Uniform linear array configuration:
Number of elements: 32
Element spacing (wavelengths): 0.25
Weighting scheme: uniform
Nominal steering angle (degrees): -45
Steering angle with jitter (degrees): -45.208
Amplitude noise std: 0.05
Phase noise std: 0.05

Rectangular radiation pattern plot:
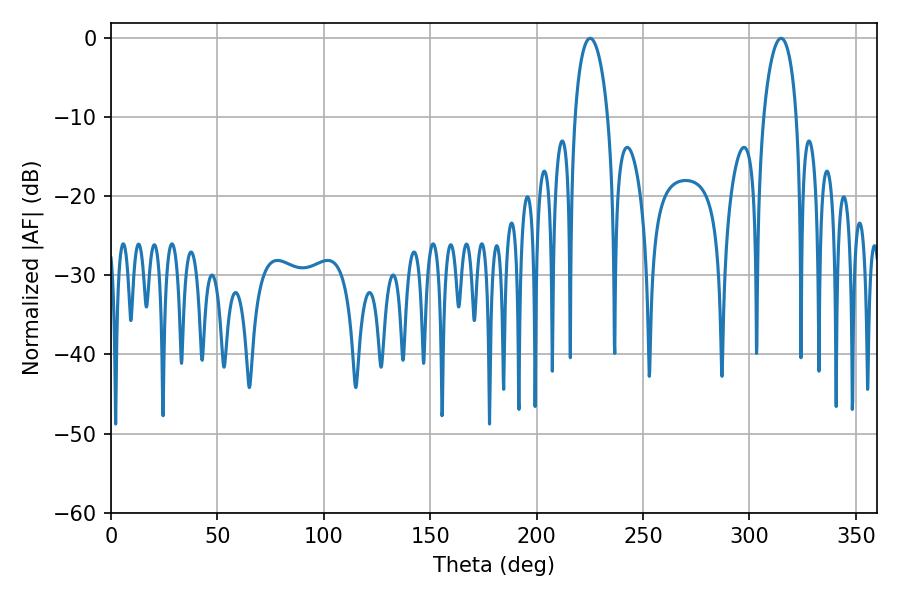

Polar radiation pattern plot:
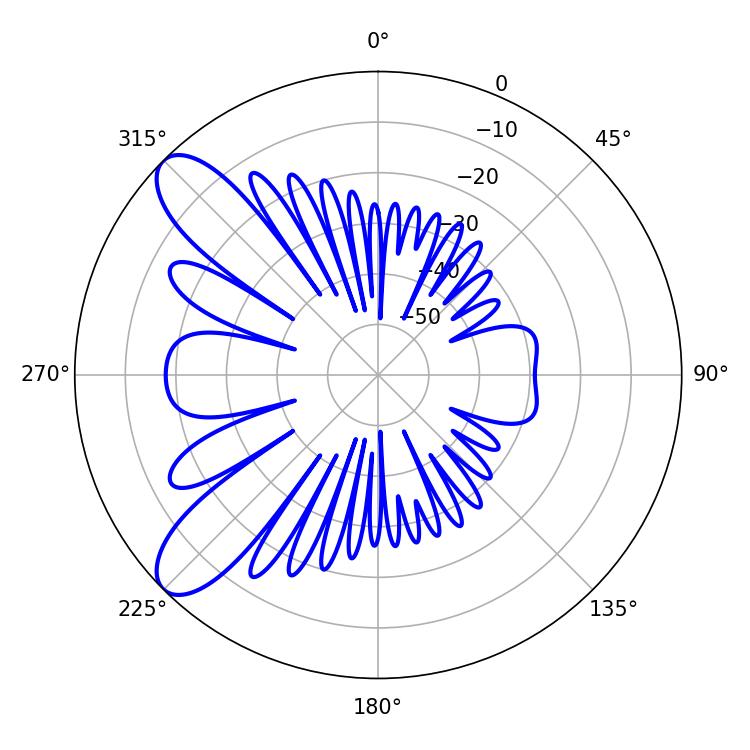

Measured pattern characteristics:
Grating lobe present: FALSE
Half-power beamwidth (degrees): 9
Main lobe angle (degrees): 225.18